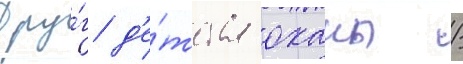
Дру́г д'е́тства оханы /